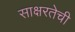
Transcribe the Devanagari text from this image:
साक्षरतेची